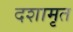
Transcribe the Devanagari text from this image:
दशामृत